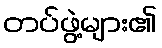
တပ်ဖွဲ့များ၏